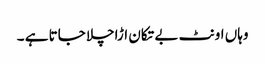
وہاں اونٹ بے تکان اڑاچلا جاتا ہے ۔